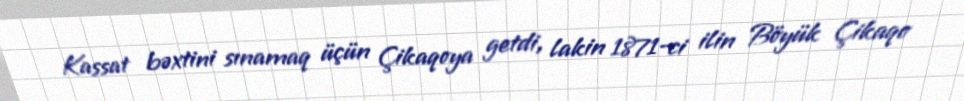
Kassat bəxtini sınamaq üçün Çikaqoya getdi, lakin 1871-ci ilin Böyük Çikaqo